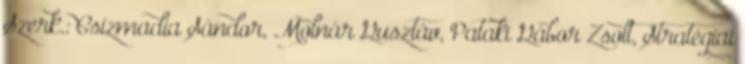
Szerk.: Csizmadia Sándor, Molnár Gusztáv, Pataki Gábor Zsolt, Stratégiai